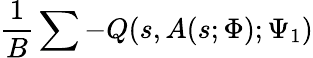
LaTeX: \frac{1}{B}\sum-Q(s,A(s;\Phi);\Psi_{1})